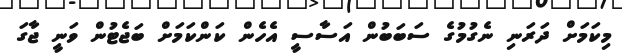
މިކަމަށް ދަރަނި ނެގުމުގެ ސަބަބުން އަސާސީ އެހެން ކަންކަމަށް ބަޖެޓުން ވަނީ ޖާގަ